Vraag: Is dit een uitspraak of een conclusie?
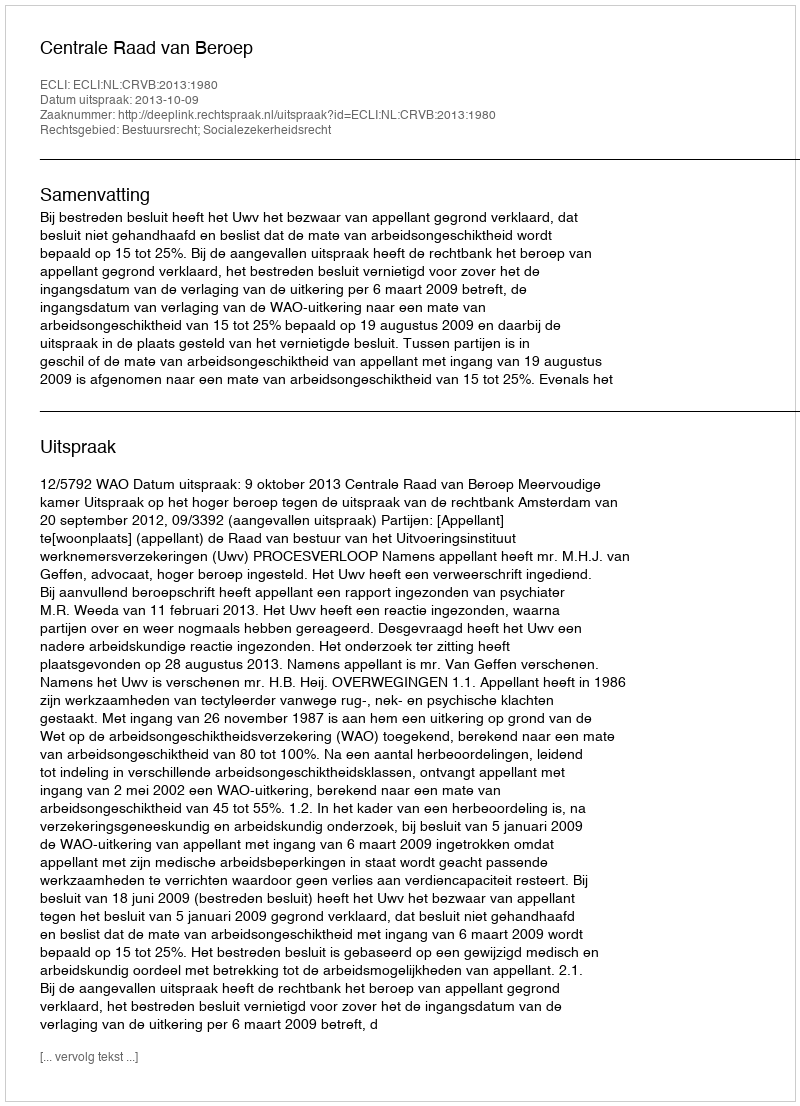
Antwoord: Uitspraak